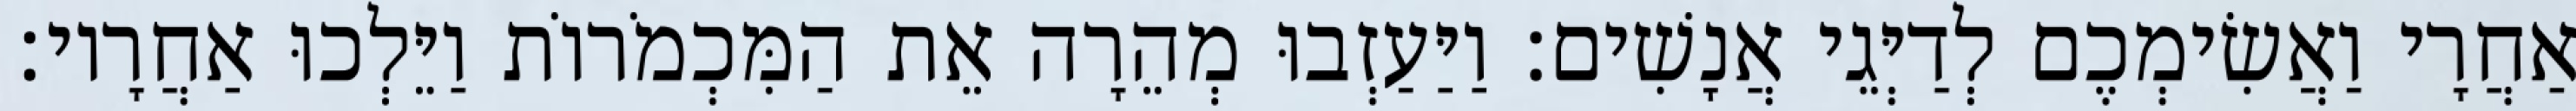
אַחֲרָי וַאֲשִׂימְכֶם לְדַיְּגֵי אֲנָשִׁים׃ וַיַּעַזְבוּ מְהֵרָה אֵת הַמִּכְמֹרוֹת וַיֵּלְכוּ אַחֲרָיו׃